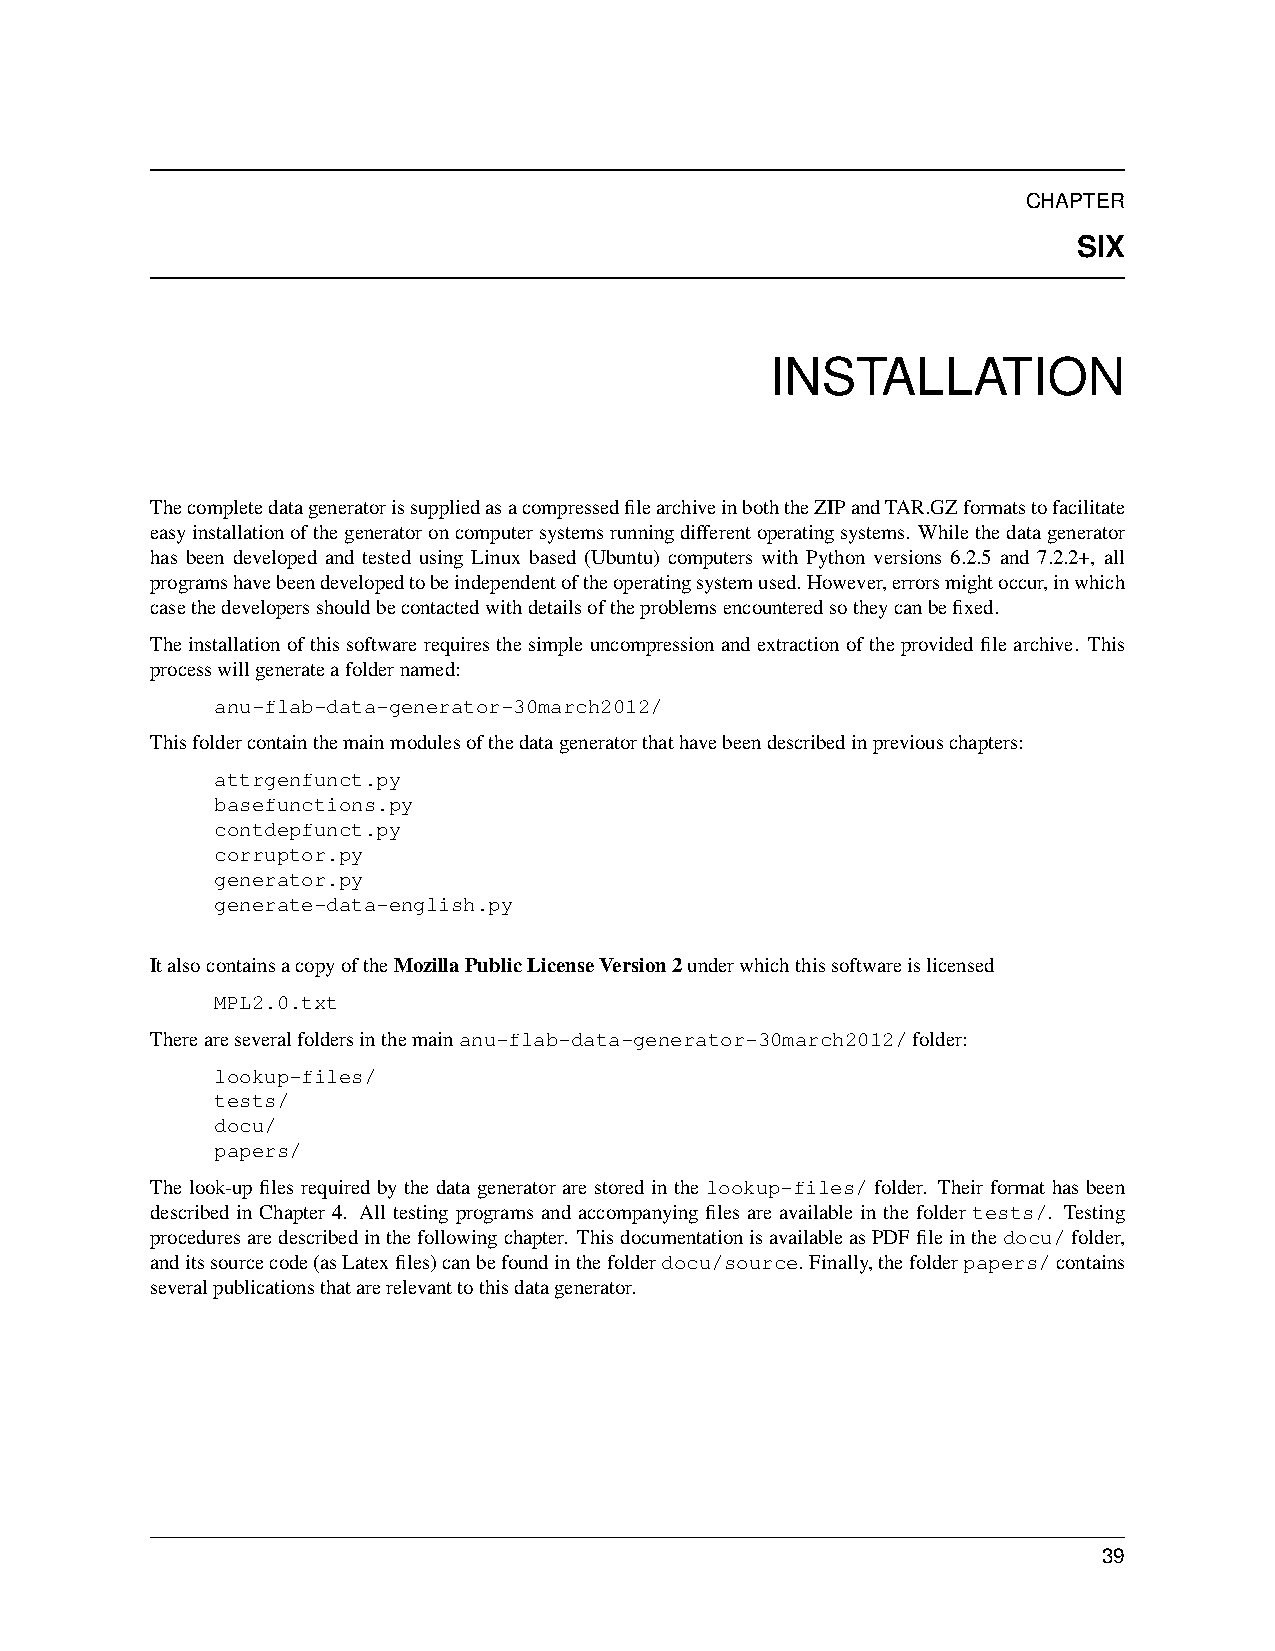
CHAPTER
 SIX
 INSTALLATION
 ThecompletedatageneratorissuppliedasacompressedfilearchiveinboththeZIPandTAR.GZformatstofacilitate
 easyinstallationofthegeneratoroncomputersystemsrunningdifferentoperatingsystems. Whilethedatagenerator
 has been developed and tested using Linux based (Ubuntu) computers with Python versions 6.2.5 and 7.2.2+, all
 programshavebeendevelopedtobeindependentoftheoperatingsystemused. However,errorsmightoccur,inwhich
 casethedevelopersshouldbecontactedwithdetailsoftheproblemsencounteredsotheycanbefixed.
 Theinstallationofthissoftwarerequiresthesimpleuncompressionandextractionoftheprovidedfilearchive. This
 processwillgenerateafoldernamed:
 anu-flab-data-generator-30march2012/
 Thisfoldercontainthemainmodulesofthedatageneratorthathavebeendescribedinpreviouschapters:
 attrgenfunct.py
 basefunctions.py
 contdepfunct.py
 corruptor.py
 generator.py
 generate-data-english.py
 ItalsocontainsacopyoftheMozillaPublicLicenseVersion2underwhichthissoftwareislicensed
 MPL2.0.txt
 Thereareseveralfoldersinthemainanu-flab-data-generator-30march2012/folder:
 lookup-files/
 tests/
 docu/
 papers/
 The look-up files required by the data generator are stored in the lookup-files/ folder. Their format has been
 described in Chapter 4. All testing programs and accompanying files are available in the folder tests/. Testing
 proceduresaredescribedinthefollowingchapter. ThisdocumentationisavailableasPDFfileinthedocu/folder,
 anditssourcecode(asLatexfiles)canbefoundinthefolderdocu/source. Finally,thefolderpapers/contains
 severalpublicationsthatarerelevanttothisdatagenerator.
 39